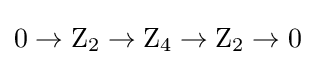
0\to \mathrm {Z} _{2}\to \mathrm {Z} _{4}\to \mathrm {Z} _{2}\to 0